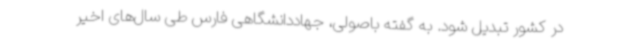
در کشور تبدیل شود. به گفته باصولی، جهاددانشگاهی فارس طی سال‌های اخیر